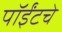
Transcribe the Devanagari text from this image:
पॉईंटचे